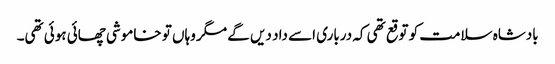
بادشاہ سلامت کو توقع تھی کہ درباری اسے داد دیں گے مگر وہاں تو خاموشی چھائی ہوئی تھی۔